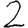
Digit: 2